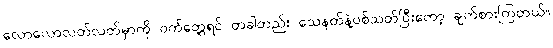
လောလောလတ်လတ်မှာကို ဝက်တွေ့ရင် တခါတည်း သေနတ်နဲ့ပစ်သတ်ပြီးတော့ ချက်စားကြတယ်။